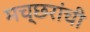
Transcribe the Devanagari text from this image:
मच्छरांची